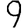
Digit: 9